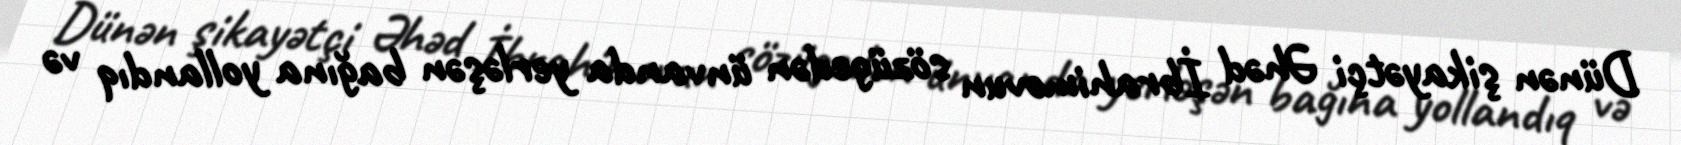
Dünən şikayətçi Əhəd İbrahimovun sözügedən ünvanda yerləşən bağına yollandıq və